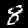
Digit: 8